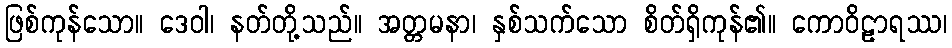
ဖြစ်ကုန်သော။ ဒေဝါ၊ နတ်တို့သည်။ အတ္တမနာ၊ နှစ်သက်သော စိတ်ရှိကုန်၏။ ကောဝိဠာရဿ၊